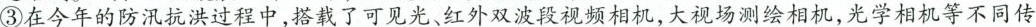
③在今年的防汛抗洪过程中，搭载了可见光、红外双波段视频相机，大视场测绘相机，光学相机等不同传